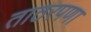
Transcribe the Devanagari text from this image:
ताठरपणा